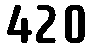
420